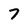
Character: 7